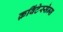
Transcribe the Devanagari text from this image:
क़विंटेस्सेन्स